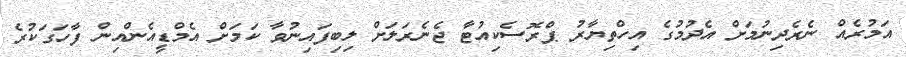
އަމުރެއް ނެރެދިނުމަށް އެދުމުގެ އިހްތިޔާރު ޕްރޮސެކިއުޓާ ޖެނެރަލަށް ލިބިފައިނުވާ ކަމަށް އެމްޑީއެންއިން ފާހަގަކުރެ